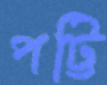
পট্টি